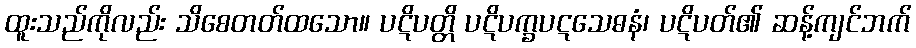
ထူးသည်ကိုလည်း သိစေတတ်ထသော။ ပဋိပတ္တိ ပဋိပက္ခပဋသေဓနံ၊ ပဋိပတ်၏ ဆန့်ကျင်ဘက်